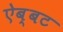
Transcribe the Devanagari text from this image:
ऐब्बट